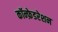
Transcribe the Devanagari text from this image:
कॉन्फ़ेडरेशन